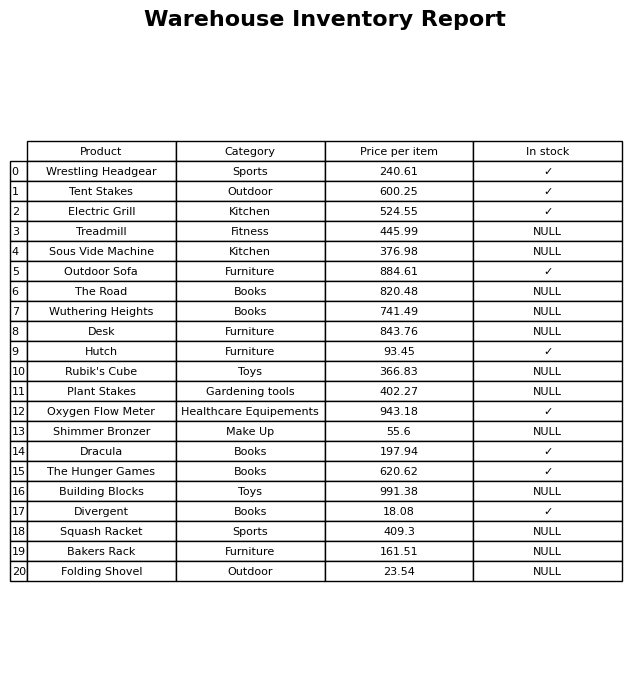
question: Is the Wuthering Heights in stock?
answer: NULL